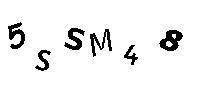
5SSM48